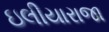
ઇલીયારાજા